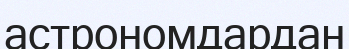
астрономдардан